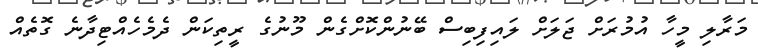
މަރާލި މީހާ އުމުރަށް ޖަލަށް ލައިފިބިސް ބޭނުންކޮށްގެން މޫނުގެ ރީތިކަން ދެމެހެއްޓިދާނެ ގޮތެއް